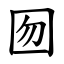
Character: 囫